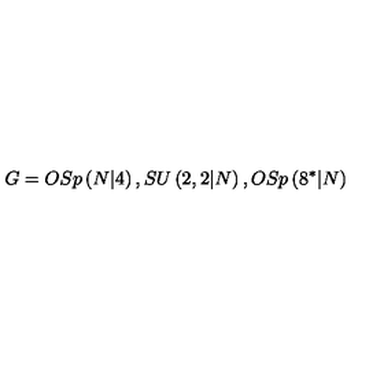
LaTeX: G = O S p \left( N | 4 \right) , S U \left( 2 , 2 | N \right) , O S p \left( 8 ^ { \ast } | N \right)